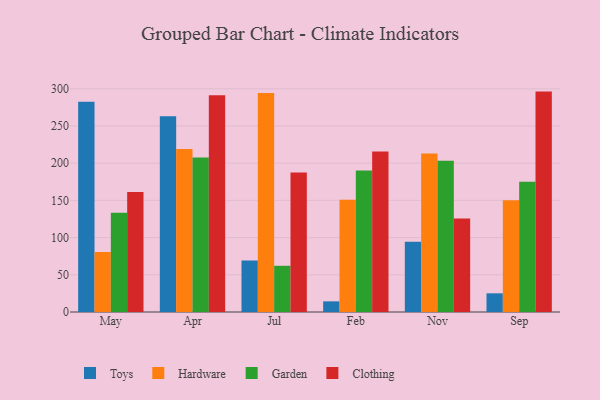
{"axis": {"x": "Month", "y": "Demand Index"}, "legend": ["Clothing", "Garden", "Hardware", "Toys"], "data": [{"x": "May", "y": 282.4, "type": "Toys"}, {"x": "May", "y": 80.5, "type": "Hardware"}, {"x": "May", "y": 133.5, "type": "Garden"}, {"x": "May", "y": 161.2, "type": "Clothing"}, {"x": "Apr", "y": 263.1, "type": "Toys"}, {"x": "Apr", "y": 218.9, "type": "Hardware"}, {"x": "Apr", "y": 207.8, "type": "Garden"}, {"x": "Apr", "y": 291.3, "type": "Clothing"}, {"x": "Jul", "y": 69.3, "type": "Toys"}, {"x": "Jul", "y": 294.3, "type": "Hardware"}, {"x": "Jul", "y": 62.1, "type": "Garden"}, {"x": "Jul", "y": 187.6, "type": "Clothing"}, {"x": "Feb", "y": 14.3, "type": "Toys"}, {"x": "Feb", "y": 150.8, "type": "Hardware"}, {"x": "Feb", "y": 190.2, "type": "Garden"}, {"x": "Feb", "y": 215.7, "type": "Clothing"}, {"x": "Nov", "y": 94.3, "type": "Toys"}, {"x": "Nov", "y": 213.1, "type": "Hardware"}, {"x": "Nov", "y": 203.2, "type": "Garden"}, {"x": "Nov", "y": 125.8, "type": "Clothing"}, {"x": "Sep", "y": 25.1, "type": "Toys"}, {"x": "Sep", "y": 150.2, "type": "Hardware"}, {"x": "Sep", "y": 175.0, "type": "Garden"}, {"x": "Sep", "y": 296.2, "type": "Clothing"}]}